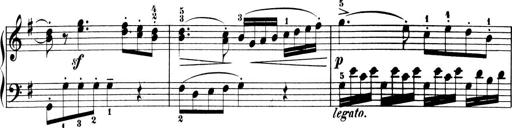
Title: 6 Piano Sonatinas
Composer: Cornelius Gurlitt